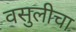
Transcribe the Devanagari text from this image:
वसुलीचा